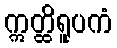
ဣတ္ထိရူပကံ